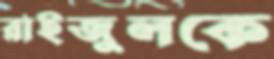
রাইজুলকে